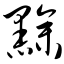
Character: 黪